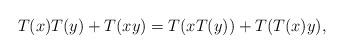
LaTeX: \begin{align*}T(x) T(y) + T(xy) = T(x T(y))+ T(T(x)y) ,\end{align*}